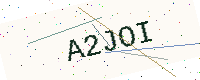
Text: A2JOI